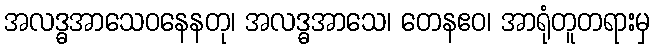
အလဒ္ဓအာသေဝနေနတု၊ အလဒ္ဓအာသေ၊ တေနဧဝ၊ အာရုံတူတရားမှ